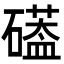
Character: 𮁌